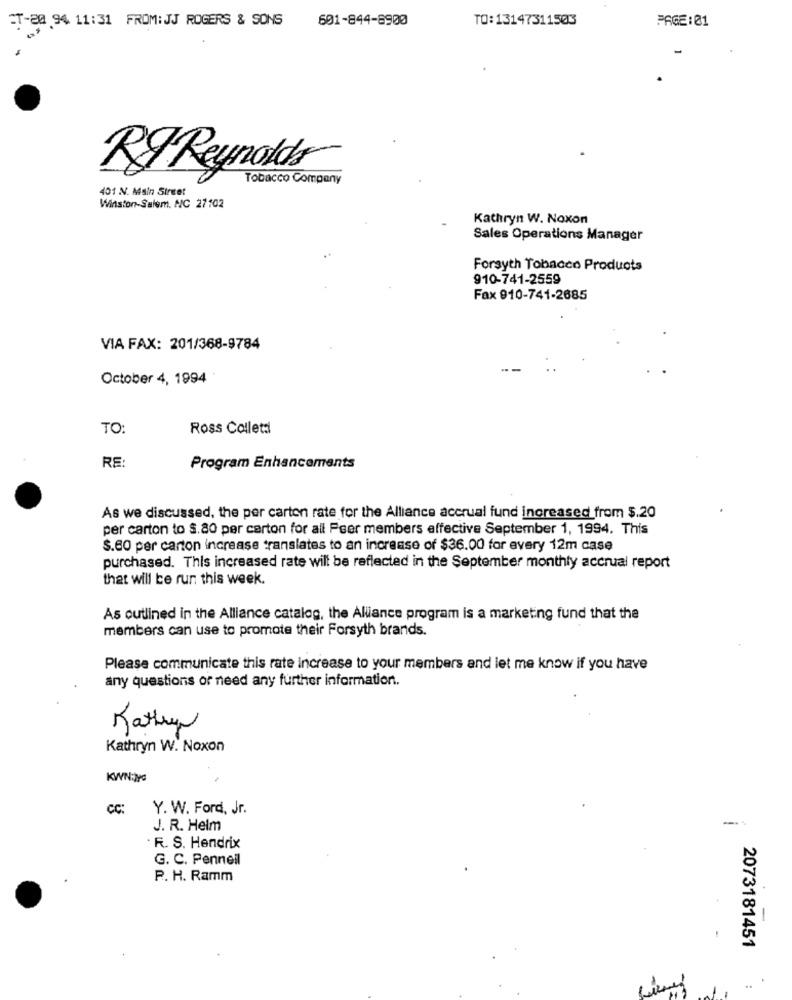
601-844-8900
TO:13147311503
PAGE: 01
CT-20 94 11:31 FROM: JJ ROGERS & SONS
RJ Reynolds
Tobacco Company
401 N. Main Street
Winston-Salem. NC 27102
Kathryn W. Noxon
Sales Operations Manager
Forsyth Tobacco Products
910-741-2559
Fax 910-741-2685
VIA FAX: 201/368-9784
October 4, 1994
TO:
Ross Colletti
RE:
Program Enhancements
As we discussed, the per carton rate for the Alliance accrual fund increased from $.20
per carton to $.80 per carton for all Peer members effective September 1, 1994. This
S.60 per carton increase translates to an increase of $36.00 for every 12m case
purchased. This increased rate will be reflected in the September monthly accrual report
that will be run this week.
As outlined in the Alliance catalog, the Alliance program is a marketing fund that the
members can use to promote their Forsyth brands.
Please communicate this rate increase to your members and let me know if you have
any questions or need any further information.
Kathryn
Kathryn W. Noxon
KWN:JG
CC:
Y. W. Ford, Jr.
J. R. Helm
. R. S. Hendrix
G. C. Penneil
P. H. Ramm
-
2073181451